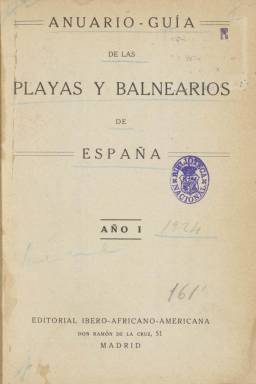
Título: Anuario-guía de las playas y balnearios de España
Otros títulos: Anuario guía de las playas y balnearios de España
Colección: Anuarios e informes || Salud e higiene || Revistas turísticas y de viajes
Ámbito geográfico: Madrid
Lugar de publicación: Madrid
Fechas: 01/01/1924-31/12/1924